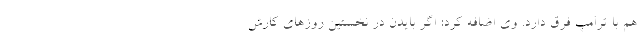
هم با ترامپ فرق دارد. وی اضافه کرد: اگر بایدن در نخستین روزهای کارش